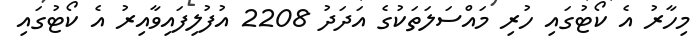
މިހާރު އެ ކޯޓުގައި ހުރި މައްސަލަތަކުގެ އަދަދު 2208 އުފުލިފައިވާއިރު އެ ކޯޓުގައި